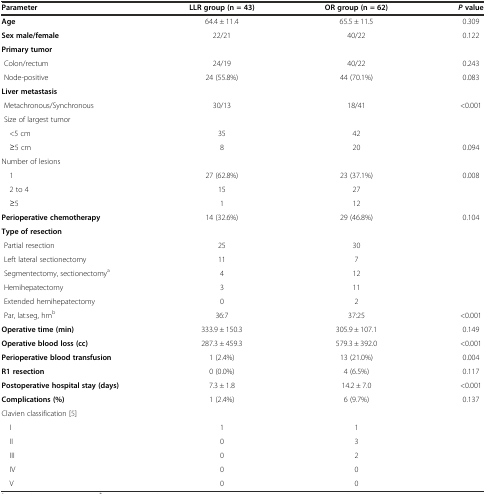
| Parameter | LLR group (n = 43) | OR group (n = 62) | Pvalue |
 | --- | --- | --- | --- |
 | Age | 64.4 ± 11.4 | 65.5 ± 11.5 | 0.309 |
 | Sex male/female | 22/21 | 40/22 | 0.122 |
 | Primary tumor |  |  |  |
 | Colon/rectum | 24/19 | 40/22 | 0.243 |
 | Node-positive | 24 (55.8%) | 44 (70.1%) | 0.083 |
 | Liver metastasis |  |  |  |
 | Metachronous/Synchronous | 30/13 | 18/41 | <0.001 |
 | Size of largest tumor |  |  |  |
 | <5 cm | 35 | 42 |  |
 | ≥5 cm | 8 | 20 | 0.094 |
 | Number of lesions |  |  |  |
 | 1 | 27 (62.8%) | 23 (37.1%) | 0.008 |
 | 2 to 4 | 15 | 27 |  |
 | ≥5 | 1 | 12 |  |
 | Perioperative chemotherapy | 14 (32.6%) | 29 (46.8%) | 0.104 |
 | Type of resection |  |  |  |
 | Partial resection | 25 | 30 |  |
 | Left lateral sectionectomy | 11 | 7 |  |
 | Segmentectomy, sectionectomya | 4 | 12 |  |
 | Hemihepatectomy | 3 | 11 |  |
 | Extended hemihepatectomy | 0 | 2 |  |
 | Par, lat:seg, hmb | 36:7 | 37:25 | <0.001 |
 | Operative time(min) | 333.9 ± 150.3 | 305.9 ± 107.1 | 0.149 |
 | Operative blood loss(cc) | 287.3 ± 459.3 | 579.3 ± 392.0 | <0.001 |
 | Perioperative blood transfusion | 1 (2.4%) | 13 (21.0%) | 0.004 |
 | R1 resection | 0 (0.0%) | 4 (6.5%) | 0.117 |
 | Postoperative hospital stay(days) | 7.3 ± 1.8 | 14.2 ± 7.0 | <0.001 |
 | Complications(%) | 1 (2.4%) | 6 (9.7%) | 0.137 |
 | Clavien classification[5] |  |  | <ROWSPAN=6>  |
 | I | 1 | 1 |
 | II | 0 | 3 |
 | III | 0 | 2 |
 | IV | 0 | 0 |
 | V | 0 | 0 |